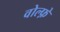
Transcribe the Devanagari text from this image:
वोल्फ़े